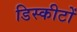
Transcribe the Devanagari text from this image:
डिस्कीटों